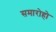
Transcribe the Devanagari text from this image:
समारोहो